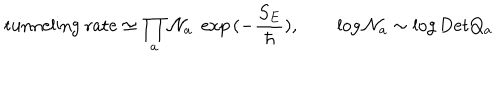
\mathrm { t u n n e l i n g ~ r a t e } \simeq \prod _ { a } { \cal N } _ { a } \; \exp { ( - \frac { S _ { E } } { \hbar } ) } , \qquad \log { \cal N } _ { a } \sim \log \mathrm { D e t } Q _ { a }